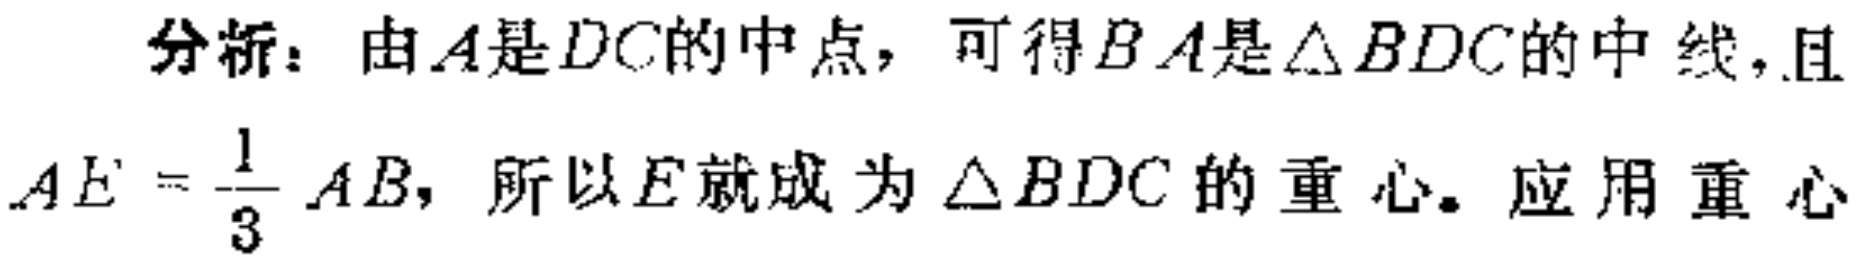
分析：由\(A\)是\(DC\)的中点，可得\(BA\)是\(\triangle BDC\)的中线，且\(AE = \frac{1}{3}AB\)，所以\(E\)就成为\(\triangle BDC\)的重心。应用重心